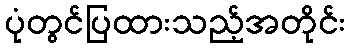
ပုံတွင်ပြထားသည့်အတိုင်း